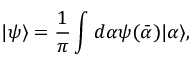
| \psi \rangle = \frac { 1 } { \pi } \int d \alpha \psi ( \bar { \alpha } ) | \alpha \rangle ,